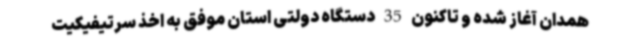
همدان آغاز شده و تاکنون 35 دستگاه دولتی استان موفق به اخذ سرتیفیکیت